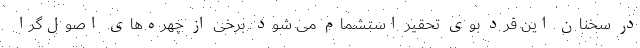
در سخنان این فرد بوی تحقیر استشمام می شود. برخی از چهره‌های اصول‌گرا